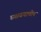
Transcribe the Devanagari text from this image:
घ्यावयाचीच